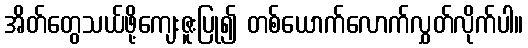
အိတ်တွေသယ်ဖို့ကျေးဇူးပြု၍ တစ်ယောက်လောက်လွှတ်လိုက်ပါ။